画像に写った文字を読んでください
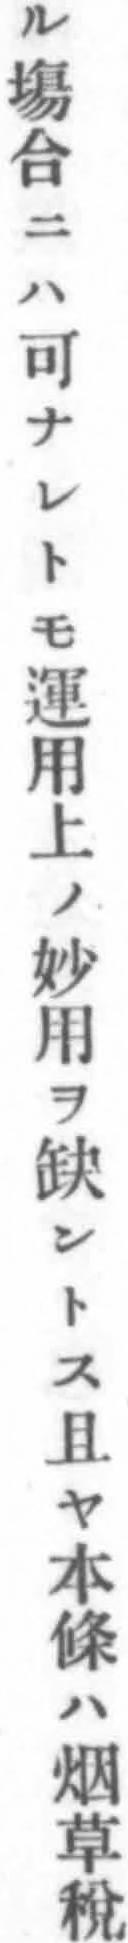
「ル塲合ニハ可ナレトモ運用上ノ妙用ヲ缺ントス且ヤ本條ハ烟草稅」と書いてあります